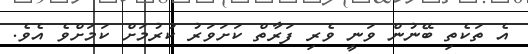
އެ ތަކެތި ބޭނުން ވަނީ ވެރި ފަރާތް ކަށަވަރު ކުރުމަށް ކަމަށްވެ އެވެ.